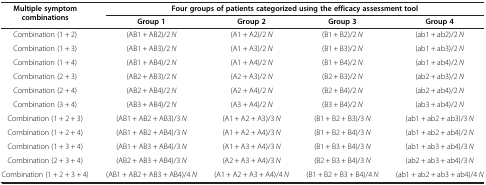
<table><thead><tr><td rowspan="2"><b>Multiple symptom combinations</b></td><td colspan="4"><b>Four groups of patients categorized using the efficacy assessment tool</b></td></tr><tr><td><b>Group 1</b></td><td><b>Group 2</b></td><td><b>Group 3</b></td><td><b>Group 4</b></td></tr></thead><tbody><tr><td>Combination (1 + 2)</td><td>(AB1 + AB2)/2 <i>N</i></td><td>(A1 + A2)/2 <i>N</i></td><td>(B1 + B2)/2 <i>N</i></td><td>(ab1 + ab2)/2 <i>N</i></td></tr><tr><td>Combination (1 + 3)</td><td>(AB1 + AB3)/2 <i>N</i></td><td>(A1 + A3)/2 <i>N</i></td><td>(B1 + B3)/2 <i>N</i></td><td>(ab1 + ab3)/2 <i>N</i></td></tr><tr><td>Combination (1 + 4)</td><td>(AB1 + AB4)/2 <i>N</i></td><td>(A1 + A4)/2 <i>N</i></td><td>(B1 + B4)/2 <i>N</i></td><td>(ab1 + ab4)/2 <i>N</i></td></tr><tr><td>Combination (2 + 3)</td><td>(AB2 + AB3)/2 <i>N</i></td><td>(A2 + A3)/2 <i>N</i></td><td>(B2 + B3)/2 <i>N</i></td><td>(ab2 + ab3)/2 <i>N</i></td></tr><tr><td>Combination (2 + 4)</td><td>(AB2 + AB4)/2 <i>N</i></td><td>(A2 + A4)/2 <i>N</i></td><td>(B2 + B4)/2 <i>N</i></td><td>(ab2 + ab4)/2 <i>N</i></td></tr><tr><td>Combination (3 + 4)</td><td>(AB3 + AB4)/2 <i>N</i></td><td>(A3 + A4)/2 <i>N</i></td><td>(B3 + B4)/2 <i>N</i></td><td>(ab3 + ab4)/2 <i>N</i></td></tr><tr><td>Combination (1 + 2 + 3)</td><td>(AB1 + AB2 + AB3)/3 <i>N</i></td><td>(A1 + A2 + A3)/3 <i>N</i></td><td>(B1 + B2 + B3)/3 <i>N</i></td><td>(ab1 + ab2 + ab3)/3 <i>N</i></td></tr><tr><td>Combination (1 + 2 + 4)</td><td>(AB1 + AB2 + AB4)/3 <i>N</i></td><td>(A1 + A2 + A4)/3 <i>N</i></td><td>(B1 + B2 + B4)/3 <i>N</i></td><td>(ab1 + ab2 + ab4)/2 <i>N</i></td></tr><tr><td>Combination (1 + 3 + 4)</td><td>(AB1 + AB3 + AB4)/3 <i>N</i></td><td>(A1 + A3 + A4)/3 <i>N</i></td><td>(B1 + B3 + B4)/3 <i>N</i></td><td>(ab1 + ab3 + ab4)/3 <i>N</i></td></tr><tr><td>Combination (2 + 3 + 4)</td><td>(AB2 + AB3 + AB4)/3 <i>N</i></td><td>(A2 + A3 + A4)/3 <i>N</i></td><td>(B2 + B3 + B4)/3 <i>N</i></td><td>(ab2 + ab3 + ab4)/3 <i>N</i></td></tr><tr><td>Combination (1 + 2 + 3 + 4)</td><td>(AB1 + AB2 + AB3 + AB4)/4 <i>N</i></td><td>(A1 + A2 + A3 + A4)/4 <i>N</i></td><td>(B1 + B2 + B3 + B4)/4 <i>N</i></td><td>(ab1 + ab2 + ab3 + ab4)/4 <i>N</i></td></tr></tbody></table>